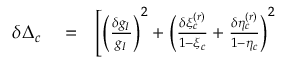
\begin{array} { r l r } { \delta \Delta _ { c } } & { { } = } & { \Bigg [ \bigg ( \frac { \delta g _ { I } } { g _ { I } } \bigg ) ^ { 2 } + \bigg ( \frac { \delta \xi _ { c } ^ { ( r ) } } { 1 - \xi _ { c } } + \frac { \delta \eta _ { c } ^ { ( r ) } } { 1 - \eta _ { c } } \bigg ) ^ { 2 } } \end{array}